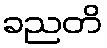
ခညတိ